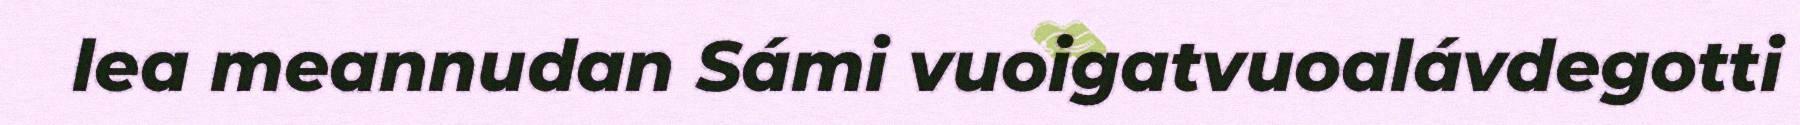
lea meannudan Sámi vuoigatvuoalávdegotti